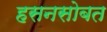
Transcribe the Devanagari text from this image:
हसनसोबत